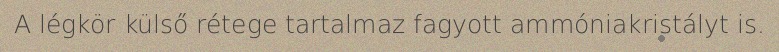
A légkör külső rétege tartalmaz fagyott ammóniakristályt is.